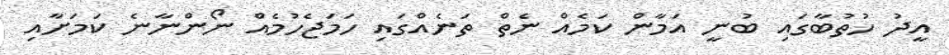
އީދު ހުތުބާގައި ބުނީ އަމާން ކަމެއް ނެތް ތަނެއްގައި ހަމަޖެހުމެއް ނޯންނާނެ ކަމަށާއި